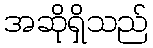
အဆိုရှိသည်